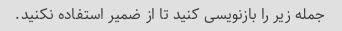
جمله زیر را بازنویسی کنید تا از ضمیر استفاده نکنید.